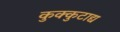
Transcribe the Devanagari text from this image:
कुक्कुटाद्य